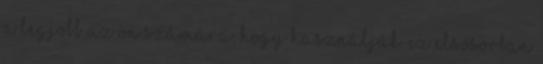
a legjobb az Ön számára, hogy használják. Ez elsősorban